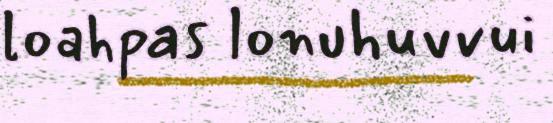
loahpas lonuhuvvui